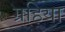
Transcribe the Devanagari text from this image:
ग्रहिया